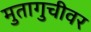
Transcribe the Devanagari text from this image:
मुतागुचीवर